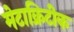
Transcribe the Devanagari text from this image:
मेटाक्रिटीक